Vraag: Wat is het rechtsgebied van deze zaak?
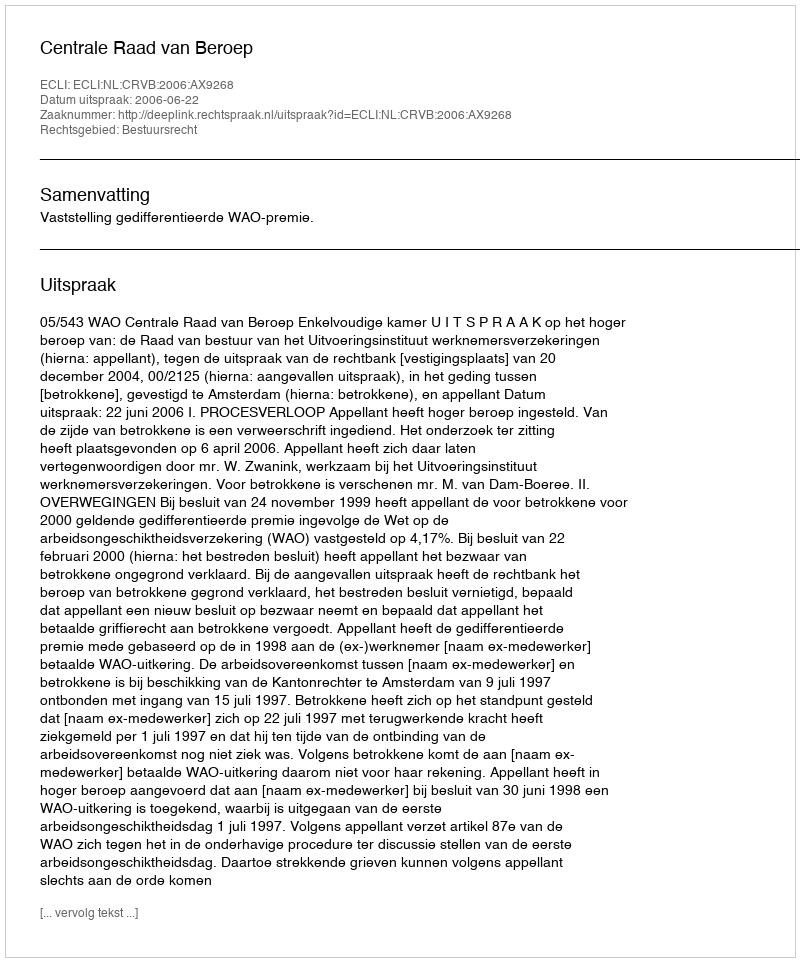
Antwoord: Bestuursrecht